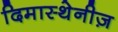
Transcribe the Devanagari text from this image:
दिमास्थेनीज़